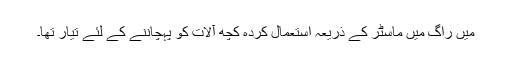
میں راگ میں ماسٹر کے ذریعہ استعمال کردہ کچھ آلات کو پہچاننے کے لئے تیار تھا۔